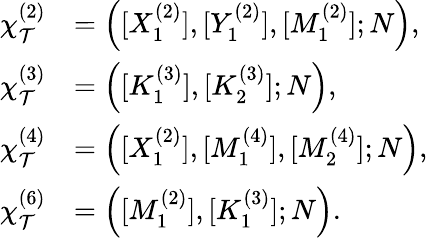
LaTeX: \begin{array}{rl}{\chi_{\mathcal{T}}^{(2)}}&{=\left([X_{1}^{(2)}],[Y_{1}^{(2)}],[M_{1}^{(2)}];N\right),}\\ {\chi_{\mathcal{T}}^{(3)}}&{=\left([K_{1}^{(3)}],[K_{2}^{(3)}];N\right),}\\ {\chi_{\mathcal{T}}^{(4)}}&{=\left([X_{1}^{(2)}],[M_{1}^{(4)}],[M_{2}^{(4)}];N\right),}\\ {\chi_{\mathcal{T}}^{(6)}}&{=\left([M_{1}^{(2)}],[K_{1}^{(3)}];N\right).}\end{array}